Riigikantselei, lk 45
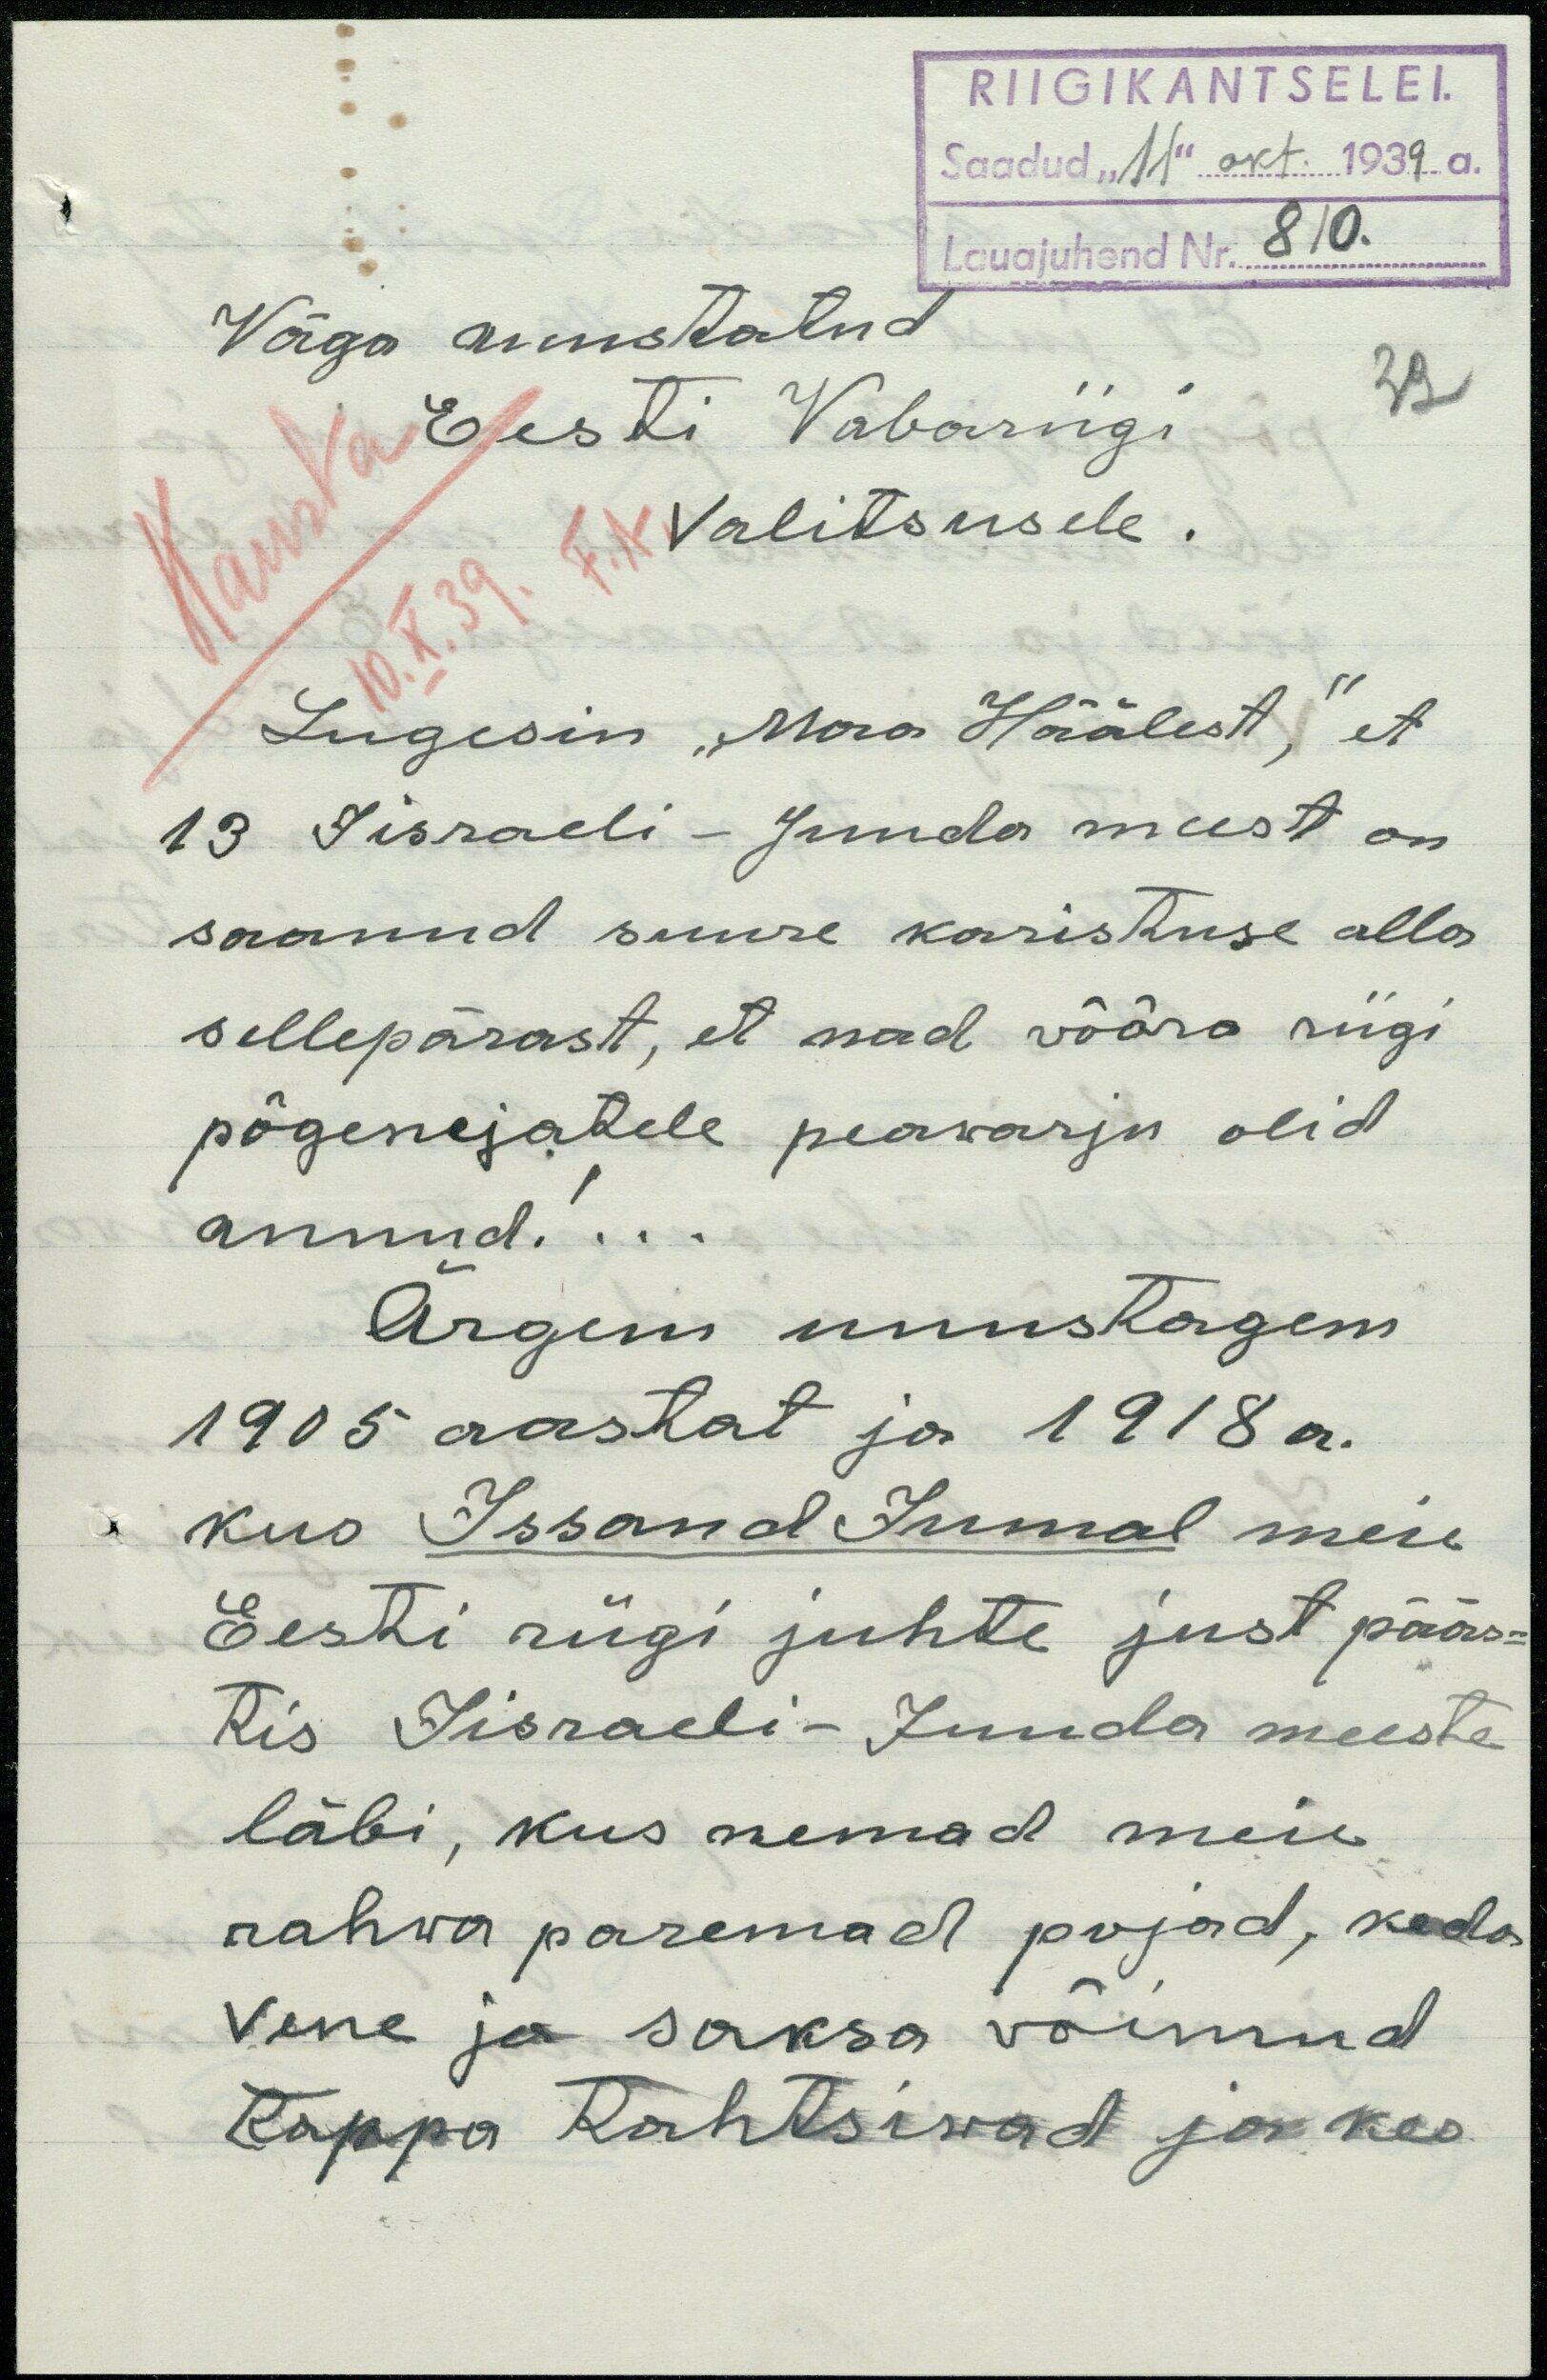
RIIGIKANTSELEI.
Saadud "11" okt 1939 a.
Lauajuhend Nr. 810.
Väga auustatud
Eesti Vabariigi
Valitsusele.
Lugesin "Maa Häälest", et
13 Israeli - Juuda meest on
saanud suure karistuse alla
sellepärast, et nad võõra riigi
põgenejatele peawarju olid
annud!...
Ärgem unustagem
1905 aastat ja 1918 a.
kus Issand Jumal meie
Eesti riigi juhte just pääs-
tis Israeli-Juuda meeste
läbi, kus nemad meie
rahwa paremad pojad, keda
Vene ja saksa võimud
tappa tahtsiwad ja kes